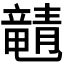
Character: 𬺚